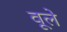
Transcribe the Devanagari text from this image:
वूले